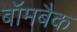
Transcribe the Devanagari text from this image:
बॉमबैक